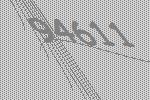
94611